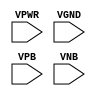
module sky130_fd_sc_ls__tapmet1 (
    VPWR,
    VGND,
    VPB ,
    VNB
);

    // Module ports
    input VPWR;
    input VGND;
    input VPB ;
    input VNB ;
     // No contents.
endmodule